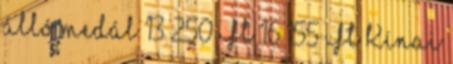
álló medál 13 250 Ft 16 155 Ft Kínai